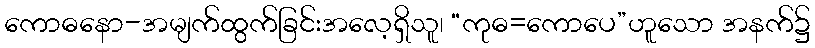
ကောဓနော-အမျက်ထွက်ခြင်းအလေ့ရှိသူ၊ “ကုဓ=ကောပေ”ဟူသော အနက်၌